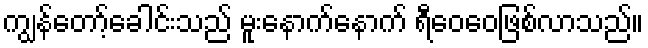
ကျွန်တော့်ခေါင်းသည် မူးနောက်နောက် ရီဝေဝေဖြစ်လာသည်။